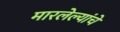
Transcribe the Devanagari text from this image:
मारलेल्यांचे